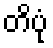
တိပုံ